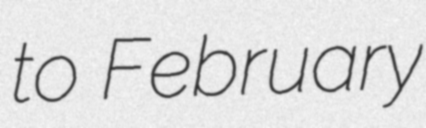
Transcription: to February